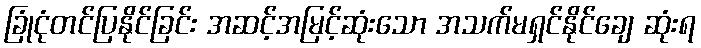
ခြုံငုံတင်ပြနိုင်ခြင်း အဆင့်အမြင့်ဆုံးသော အသက်မရှင်နိုင်ချေ ဆုံးရ